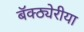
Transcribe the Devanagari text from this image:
बॅक्ठ्येरीया